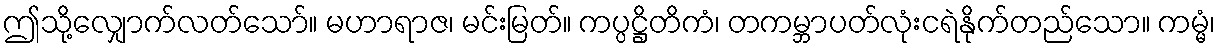
ဤသို့လျှောက်လတ်သော်။ မဟာရာဇ၊ မင်းမြတ်။ ကပ္ပဋ္ဌိတိကံ၊ တကမ္ဘာပတ်လုံးငရဲနိုက်တည်သော။ ကမ္မံ၊